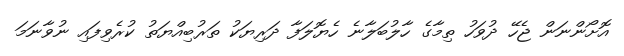
އޮށޯންނަން ޖެހޭ ދުވަހު ތިމާގެ ހާލުބަލާނެ ހެޔޮލަފާ ދަރިޔަކު ތަރުބިއްޔަތު ކުރެވިފައި ނުވާނަމަ